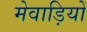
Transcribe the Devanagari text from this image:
मेवाड़ियों